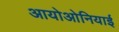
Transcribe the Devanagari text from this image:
आयोओनियाई